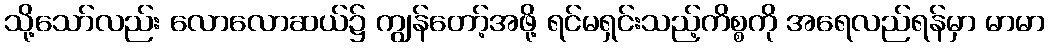
သို့သော်လည်း လောလောဆယ်၌ ကျွန်တော့်အဖို့ ရင်မရှင်းသည့်ကိစ္စကို အရေလည်ရန်မှာ မာမာ